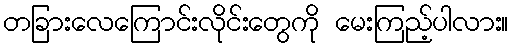
တခြားလေကြောင်းလိုင်းတွေကို မေးကြည့်ပါလား။